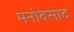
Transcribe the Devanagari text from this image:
मनोवसाद